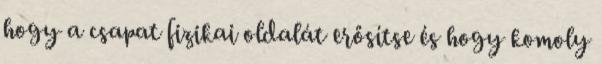
hogy a csapat fizikai oldalát erősítse és hogy komoly